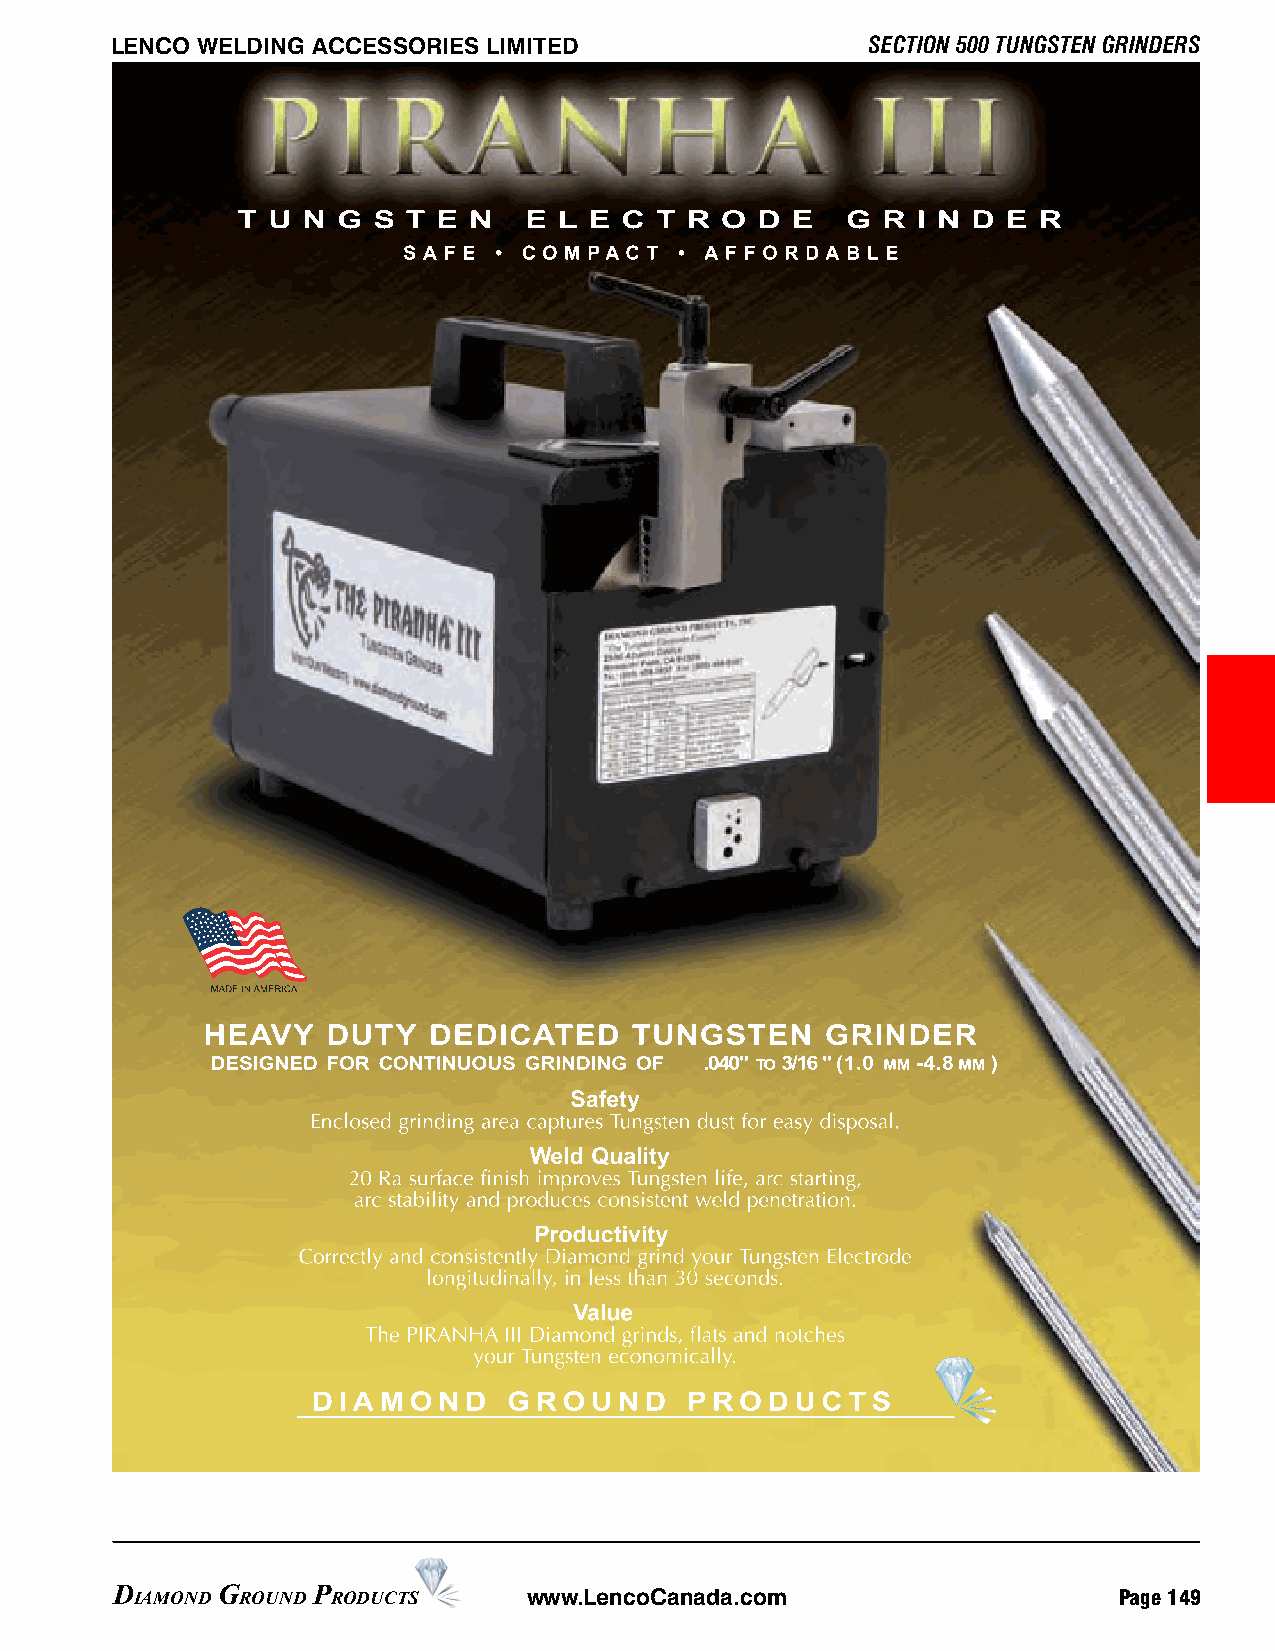
SECTION 500 TUNGSTEN GRINDERS LENCO WELDING ACCESSORIES LIMITED LENCO WELDING ACCESSORIES LIMITED SECTION 500 TUNGSTEN GRINDERS
 Page 148 www.LencoCanada.com D IAMOND G ROUND P RODUCTS D IAMOND G ROUND P RODUCTS www.LencoCanada.com Page 149